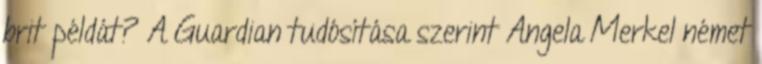
brit példát? A Guardian tudósítása szerint Angela Merkel német